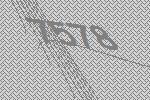
7578